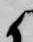
候